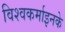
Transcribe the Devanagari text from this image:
विश्वकर्माइनके